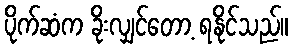
ပိုက်ဆံက ခိုးလျှင်တော့ ရနိုင်သည်။